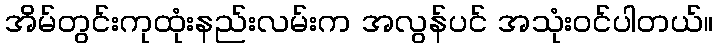
အိမ်တွင်းကုထုံးနည်းလမ်းက အလွန်ပင် အသုံးဝင်ပါတယ်။